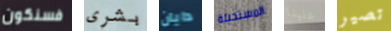
فسنكون بشرى دايان المستحيلة علينا تصير